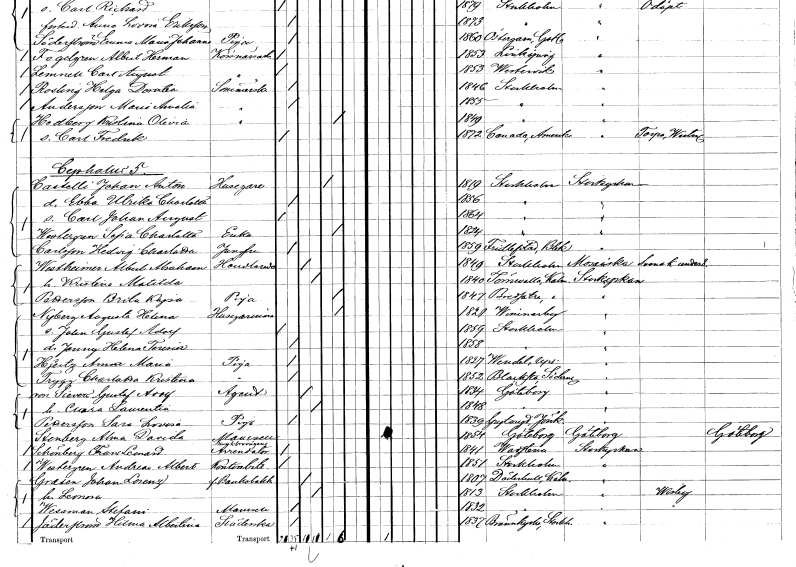
gt_parse: households: individuals: FN: Johan Anton
EN: Castelli
YRKE: Husägare
KON: M
CIV: E
FODAR: 1819
FODFORS: Stockholm
FN: Ebba Ulrika Charlotta
KON: K
CIV: O
FODAR: 1856
FODFORS: Stockholm
FN: Carl Johan August
KON: M
CIV: O
FODAR: 1864
FODFORS: Stockholm
FN: Sofia Charlotta
EN: Westergren
YRKE: Änka
KON: K
CIV: E
FODAR: 1824
FODFORS: Stockholm
FN: Hedvig Charlotta
EN: Carlsson
YRKE: Jungfru
KON: K
CIV: O
FODAR: 1859
FODFORS: Fridlevstad Blekinge län
FN: Albert Abraham
EN: Westheimer
YRKE: Handlande
KON: M
CIV: G
FODAR: 1849
FODFORS: Stockholm
FN: Kristina Matilda
KON: K
CIV: G
FODAR: 1840
FODFORS: Törnevalla Östergötlands län
FN: Brita Kajsa
EN: Pettersson
YRKE: Piga
KON: K
CIV: E
FODAR: 1847
FODFORS: Bredsätra Kalmar län
FN: Augusta Helena
EN: Nyberg
YRKE: Husägarinna
KON: K
CIV: E
FODAR: 1821
FODFORS: Vimmerby Kalmar län
FN: John Gustaf Adolf
KON: M
CIV: O
FODAR: 1859
FODFORS: Stockholm
FN: Jenny Helena Teresia
KON: K
CIV: O
FODAR: 1858
FODFORS: Stockholm
FN: Anna Maria
EN: Hjertz
YRKE: Piga
KON: K
CIV: O
FODAR: 1827
FODFORS: Vendel Uppsala län
FN: Charlotta Kristina
EN: Trygg
YRKE: Piga
KON: K
CIV: O
FODAR: 1852
FODFORS: Blacksta Södermanlands län
FN: Gustaf Adolf
EN: von Sievertz
YRKE: Agent
KON: M
CIV: G
FODAR: 1834
FODFORS: Göteborg Göteborgs- och Bohuslän
FN: Clara Laurentia
KON: K
CIV: G
FODAR: 1848
FODFORS: Göteborg Göteborgs- och Bohuslän
FN: Sara Lovisa
EN: Pettersson
YRKE: Piga
KON: K
CIV: O
FODAR: 1839
FODFORS: Gryteryd Jönköpings län
FN: Alma Davida
EN: Stenberg
KON: K
CIV: O
FODAR: 1854
FODFORS: Göteborg Göteborgs- och Bohuslän
FN: Frans Leonard
EN: Schönberg
YRKE: Arrendator Munkbrovägen
KON: M
CIV: O
FODAR: 1841
FODFORS: Vadstena Östergötlands län
FN: Andreas Albert
EN: Westergren
YRKE: Kontorsbiträde
KON: M
CIV: O
FODAR: 1851
FODFORS: Stockholm
FN: Johan Lorentz
EN: Grasen
YRKE: Bankbokhållare f.
KON: M
CIV: G
FODAR: 1807
FODFORS: Döderhult Kalmar län
FN: Leonora
KON: K
CIV: G
FODAR: 1813
FODFORS: Stockholm
FN: Stefani
EN: Wessman
KON: K
CIV: O
FODAR: 1832
FODFORS: Stockholm
FN: Hilma Albertina
EN: Jäderström
YRKE: Städerska
KON: K
CIV: O
FODAR: 1837
FODFORS: Brännkyrka Stockholms län